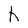
Character: h